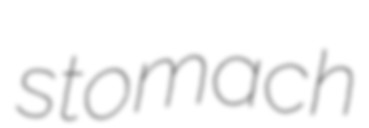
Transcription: stomach